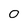
Character: 0